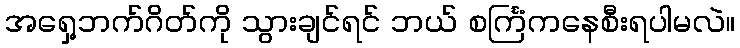
အရှေ့ဘက်ဂိတ်ကို သွားချင်ရင် ဘယ် စင်္ကြံကနေစီးရပါမလဲ။